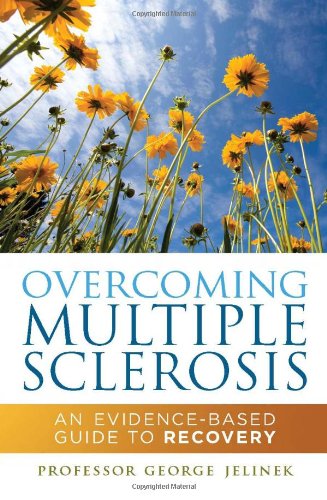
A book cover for Overcoming Multiple Sclerosis: An Evidence-Based Guide to Recovery; Professor George Jelinek; Health, Fitness & Dieting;